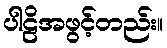
ပါဠိအဖွင့်တည်း။